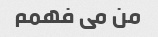
من می فهمم